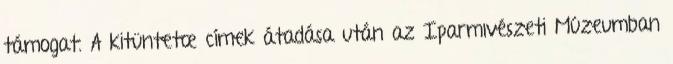
támogat. A kitüntetœ címek átadása után az Iparmıvészeti Múzeumban